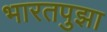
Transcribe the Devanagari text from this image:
भारतपुझा